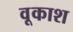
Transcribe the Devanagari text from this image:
वूकाश